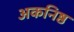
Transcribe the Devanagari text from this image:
अकनिष्ठ